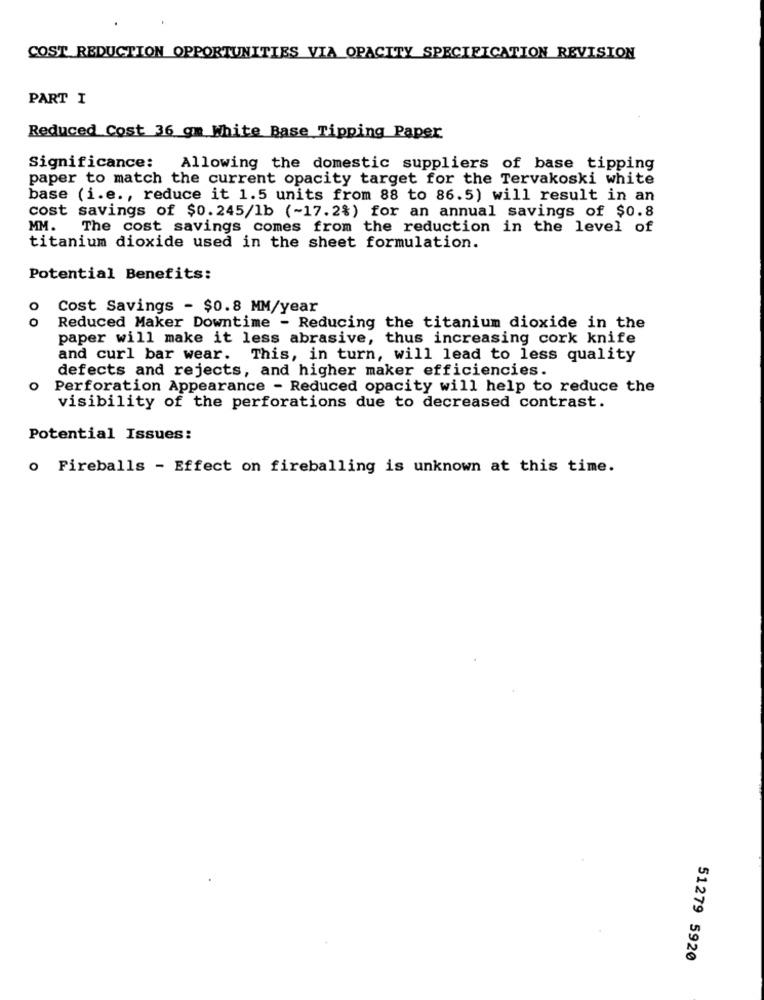
COST REDUCTION OPPORTUNITIES VIA OPACITY SPECIFICATION REVISION
PART I
Reduced Cost 36 gm White Base Tipping Paper
Significance:
Allowing the domestic suppliers of base tipping
paper to match the current opacity target for the Tervakoski white
base (i.e ., reduce it 1.5 units from 88 to 86.5) will result in an
cost savings of $0.245/1b (~17.2%) for an annual savings of $0.8
MM.
The cost savings comes from the reduction in the level of
titanium dioxide used in the sheet formulation.
Potential Benefits:
o
Cost Savings - $0.8 MM/year
0
Reduced Maker Downtime - Reducing the titanium dioxide in the
paper will make it less abrasive, thus increasing cork knife
and curl bar wear. This, in turn, will lead to less quality
defects and rejects, and higher maker efficiencies.
o Perforation Appearance - Reduced opacity will help to reduce the
visibility of the perforations due to decreased contrast.
Potential Issues:
o Fireballs - Effect on fireballing is unknown at this time.
51279 5920